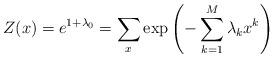
LaTeX: \begin{align*}Z(x) = e^{1+\lambda_0} = \displaystyle\sum_x \exp \left( -\sum\limits_{k=1}^{M} \lambda_k x^k \right)\end{align*}